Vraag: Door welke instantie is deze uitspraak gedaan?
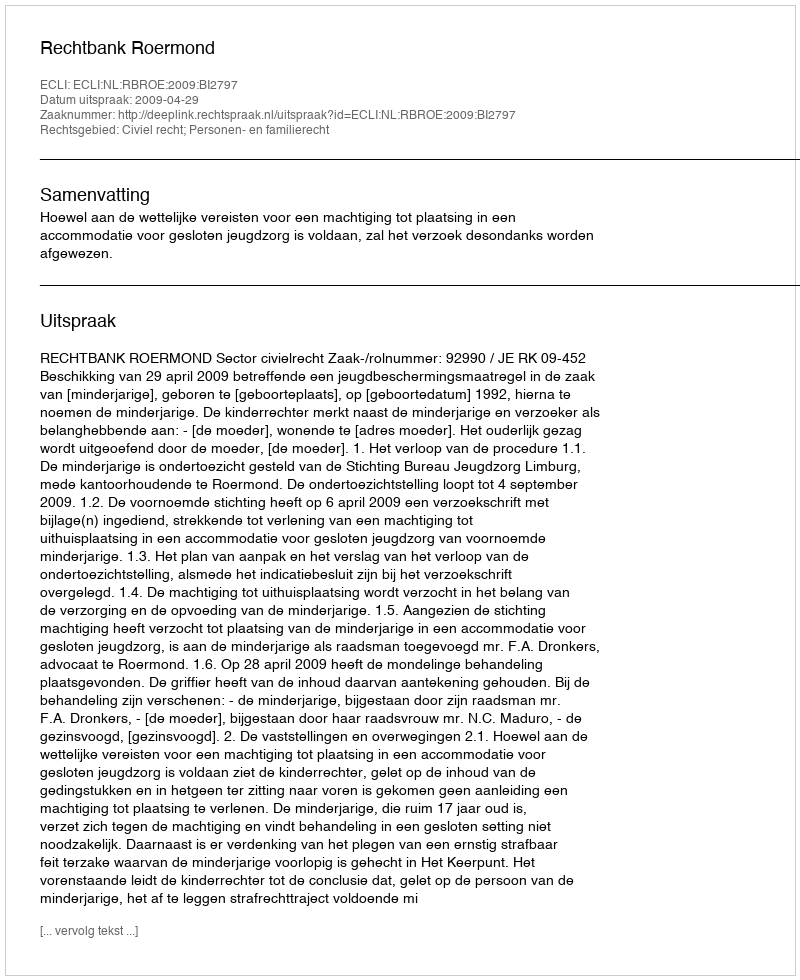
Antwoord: Rechtbank Roermond